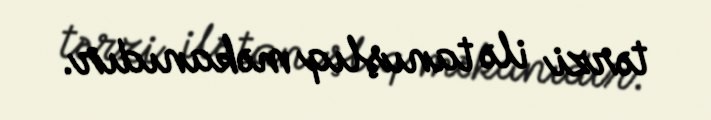
tərzi ilə tanışlıq məkanıdır.